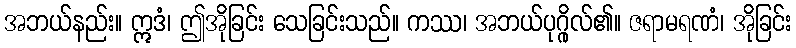
အဘယ်နည်း။ ဣဒံ၊ ဤအိုခြင်း သေခြင်းသည်။ ကဿ၊ အဘယ်ပုဂ္ဂိုလ်၏။ ဇရာမရဏံ၊ အိုခြင်း